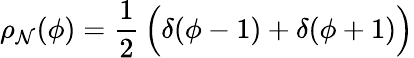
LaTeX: \rho_{\mathcal{N}}(\phi)={\frac{{1}}{{2}}}\, \Bigl(\delta(\phi-1)+\delta(\phi+1)\Bigr)